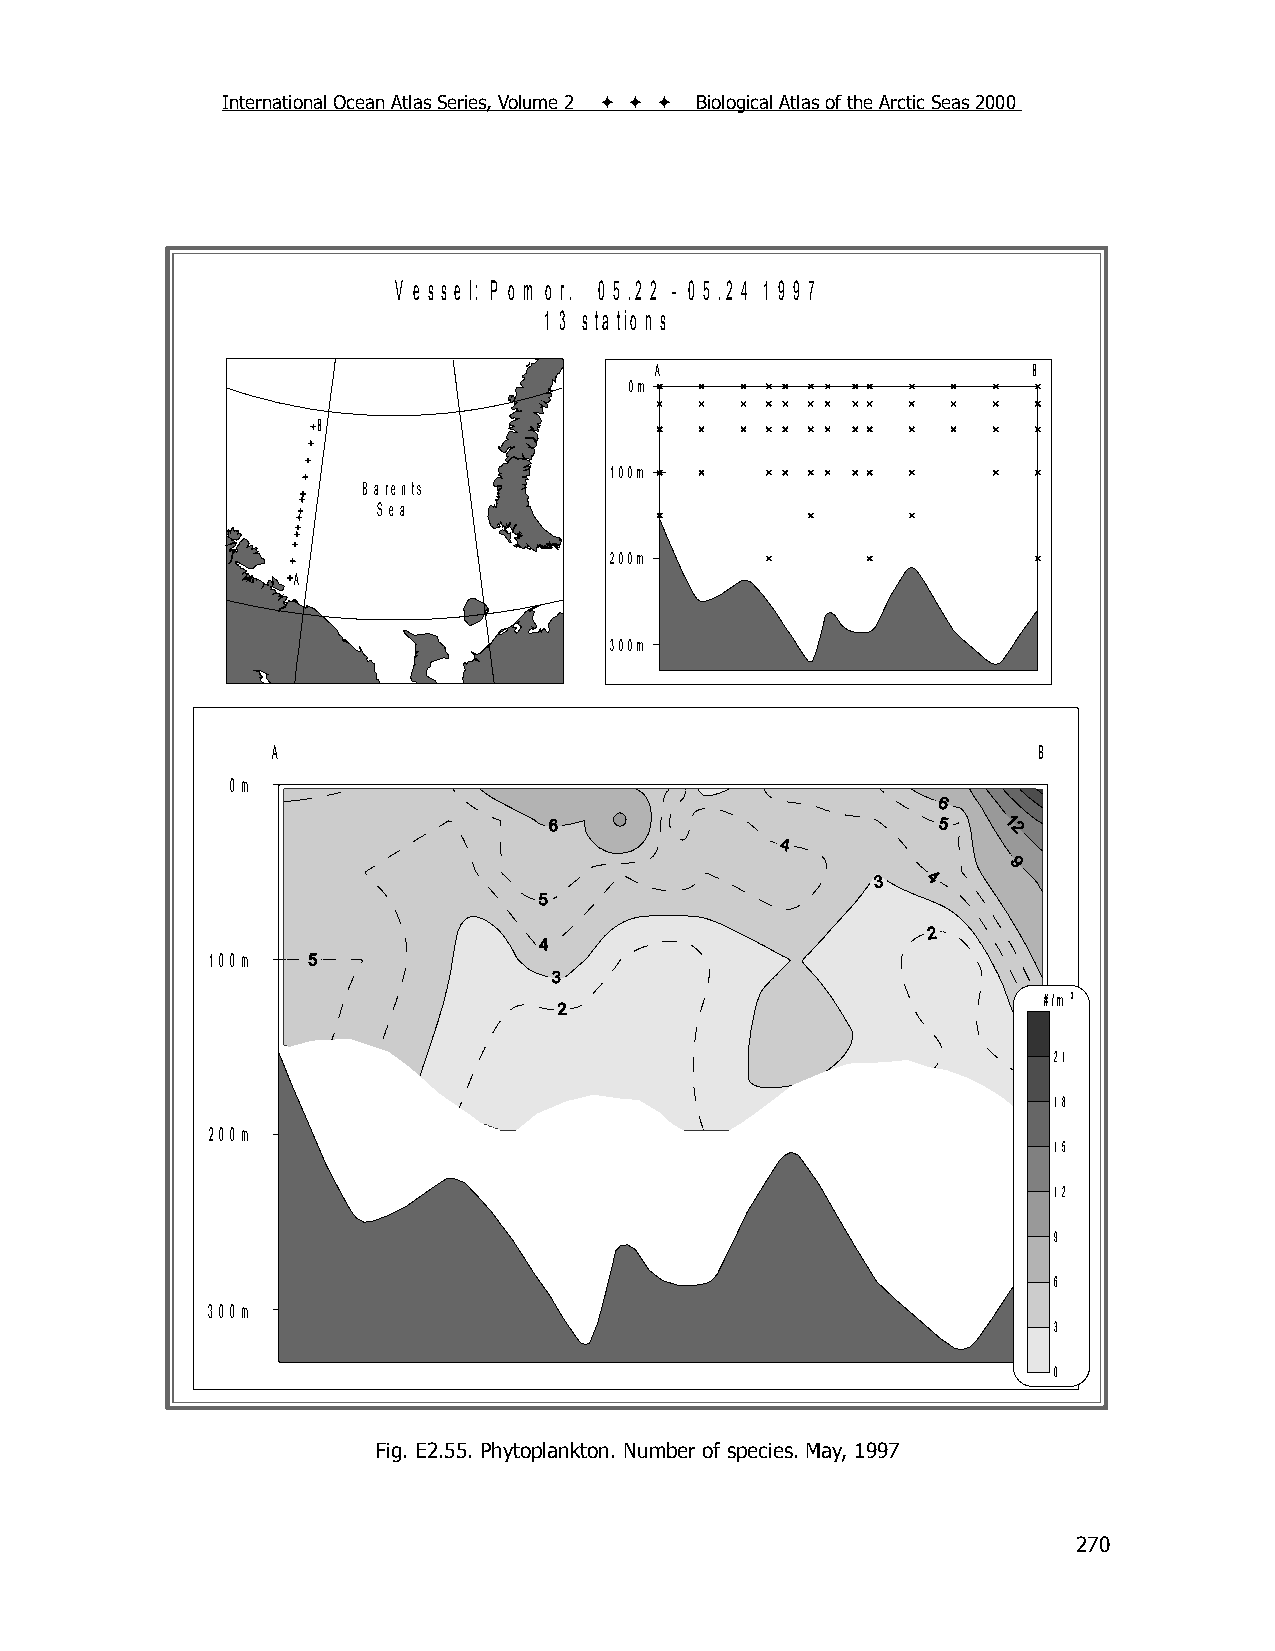
International Ocean Atlas Series, Volume 2    Biological Atlas of the Arctic Seas 2000
 V e s s e l: P o m o r. 0 5 .2 2 - 0 5 .2 4 1 9 9 7
 1 3 s ta tio n s
 A                        B
 0m
 B
 100m
 B arents
 S ea
 200m
 A
 300m
 A                                                  B
 0m
 100m
 #/m 3
 21
 18
 200m
 15
 12
 9
 6
 300m
 3
 0
 Fig. E2.55. Phytoplankton. Number of species. May, 1997
 270